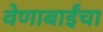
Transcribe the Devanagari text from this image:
वेणाबाईंचा